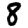
Digit: 8